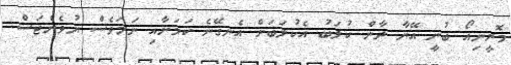
މޮރީނިއޯ ބުނީ އޭނާ ދާން ކުލަބު އެކުލަބަށް އެނގޭނެ ކަމަށާއި ނަމަވެސް ޔުވެންޓަސް